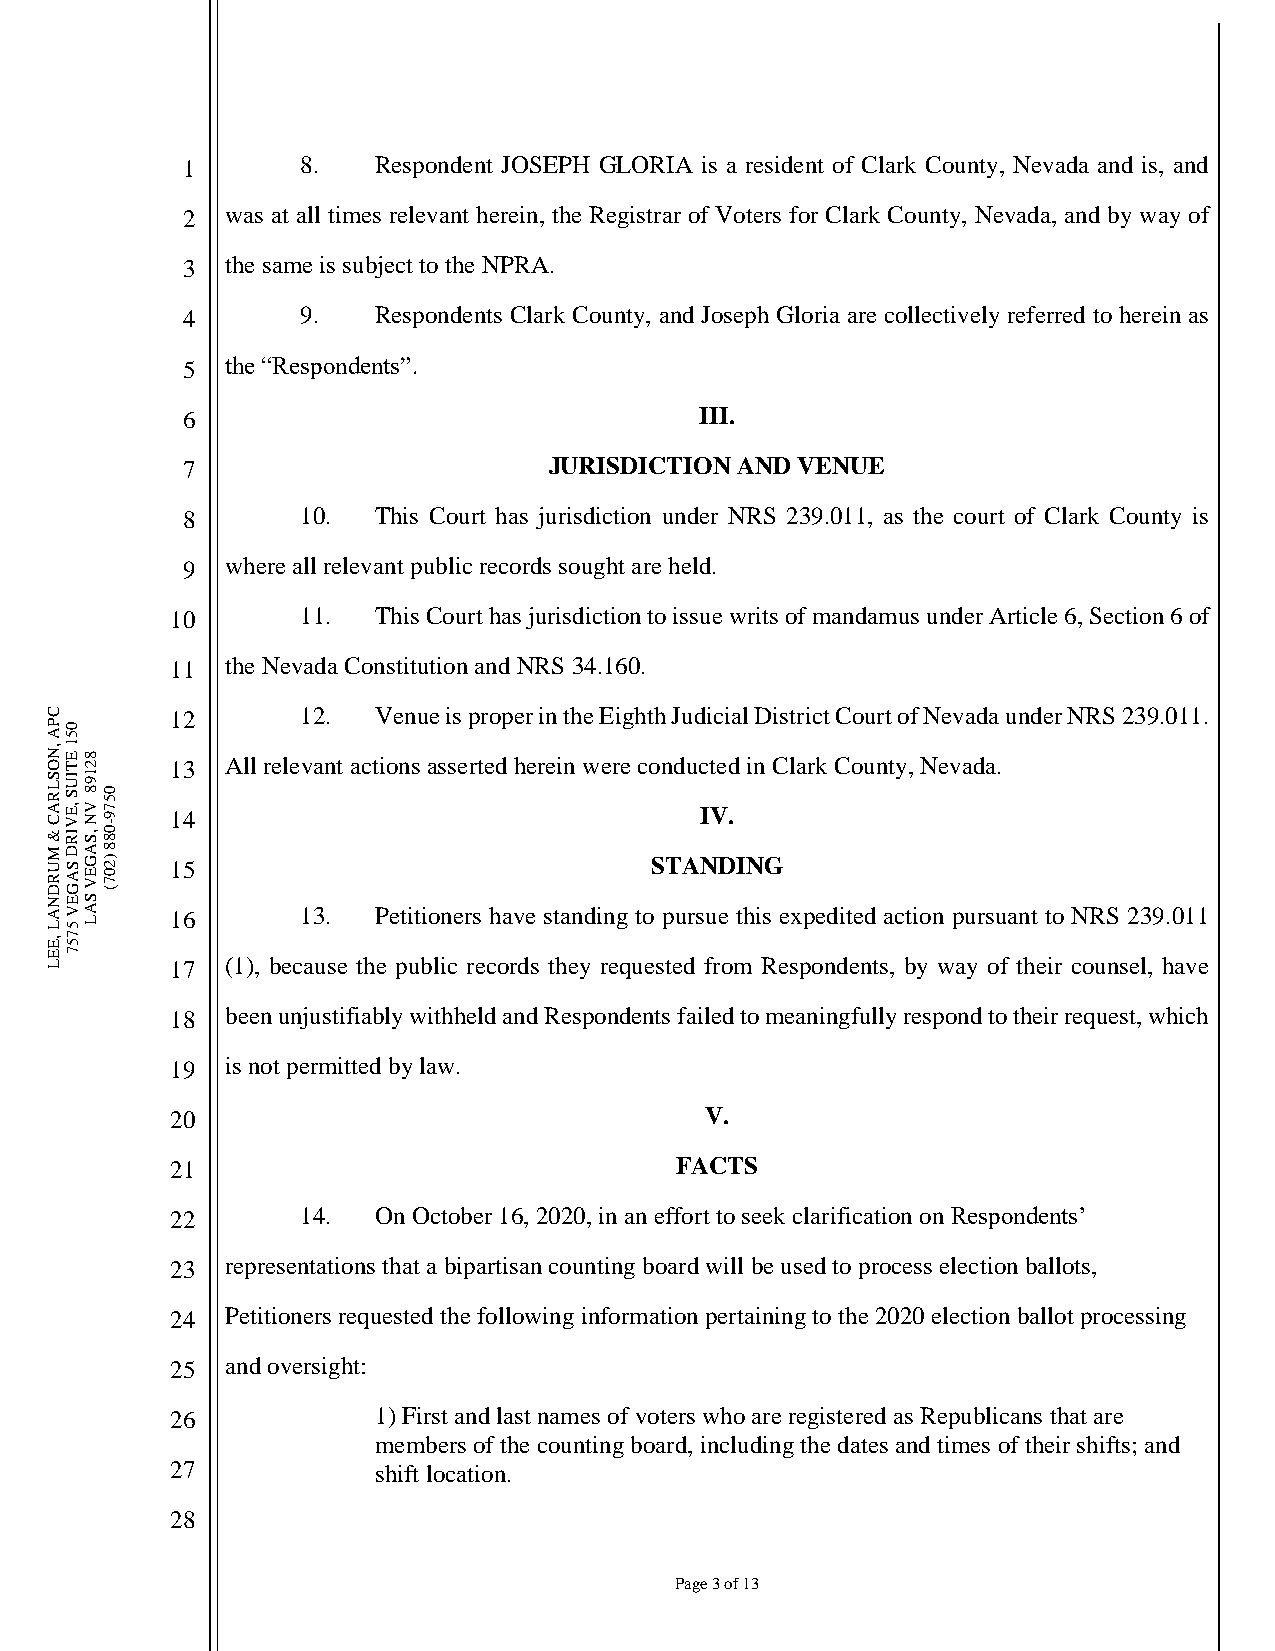
1       8.   Respondent JOSEPH GLORIA is a resident of Clark County, Nevada and is, and
 2  was at all times relevant herein, the Registrar of Voters for Clark County, Nevada, and by way of
 3  the same is subject to the NPRA.
 4       9.   Respondents Clark County, and Joseph Gloria are collectively referred to herein as
 5  the “Respondents”.
 6                                 III.
 7                       JURISDICTION AND VENUE
 8       10.  This Court has jurisdiction under NRS 239.011, as the court of Clark County is
 9  where all relevant public records sought are held.
 10       11.  This Court has jurisdiction to issue writs of mandamus under Article 6, Section 6 of
 11  the Nevada Constitution and NRS 34.160.
 C       12       12.  Venue is proper in the Eighth Judicial District Court of Nevada under NRS 239.011.
 P A0
 5
 ,N O1
 E T8 2 13  All relevant actions asserted herein were conducted in Clark County, Nevada.
 S L R
 A C
 &IU S
 ,E V
 IR1 9 8
 V N ,S0
 80 5
 7 9 - 14                               IV.
 M
 U R D
 ND
 S A G
 EA
 G E V
 S8
 )2 0 7 ( 15                         STANDING
 A LV 5A L 16     13.  Petitioners have standing to pursue this expedited action pursuant to NRS 239.011
 ,E7
 5
 E L7    17  (1), because the public records they requested from Respondents, by way of their counsel, have
 18  been unjustifiably withheld and Respondents failed to meaningfully respond to their request, which
 19  is not permitted by law.
 20                                  V.
 21                                FACTS
 22       14.  On October 16, 2020, in an effort to seek clarification on Respondents’
 23  representations that a bipartisan counting board will be used to process election ballots,
 24  Petitioners requested the following information pertaining to the 2020 election ballot processing
 25  and oversight:
 26            1) First and last names of voters who are registered as Republicans that are
 members of the counting board, including the dates and times of their shifts; and
 27            shift location.
 28
 Page 3 of 13